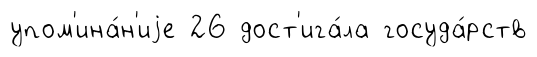
упом'ина́н'иjе 26 дост'ига́ла госуда́рств